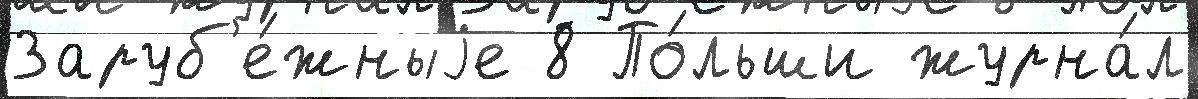
Заруб'е́жныjе 8 По́льши журна́л